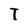
Character: T